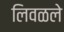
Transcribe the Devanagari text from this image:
लिवळले